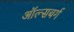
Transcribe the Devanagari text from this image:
ऑल्सबर्ग